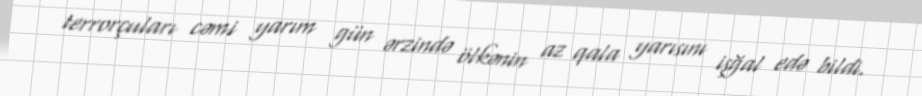
terrorçuları cəmi yarım gün ərzində ölkənin az qala yarısını işğal edə bildi.